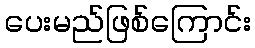
ပေးမည်ဖြစ်ကြောင်း